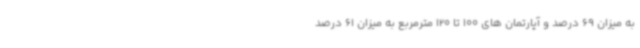
به میزان 69 درصد و آپارتمان های 100 تا 120 مترمربع به میزان 61 درصد